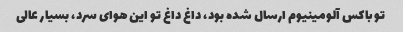
تو باکس آلومینیوم ارسال شده بود، داغ داغ تو این هوای سرد، بسیار عالی